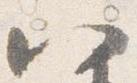
八